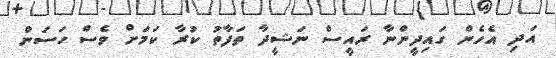
އަދި އެހެން ގައިދީންނާ ރައީސް ނަޝީދާ ތަފާތު ކުރާ ކަމަށް ވެސް ހަސަން